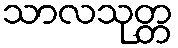
သာလသုတ္တ